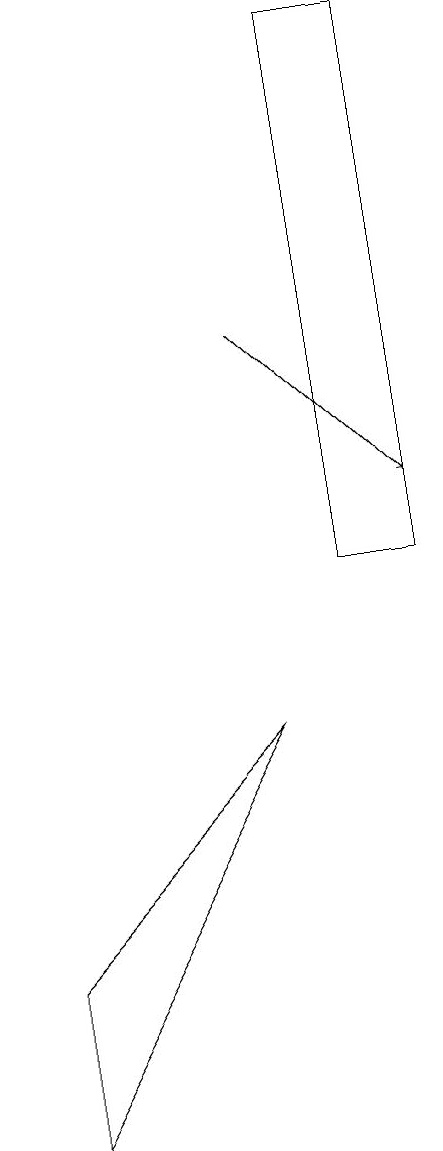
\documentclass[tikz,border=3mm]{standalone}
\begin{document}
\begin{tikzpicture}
\draw (9,17) rectangle (8,10);
\draw (4,5) -- (4,3) -- (7,8) -- cycle;
\draw[->] (7,13) -- (9,11);
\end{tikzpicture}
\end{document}